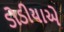
ડોડીયાએ